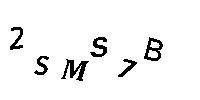
2SMS7B